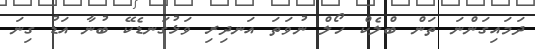
ދަމައިގަންނަ ތަން ބްލެކް ހޯލް ނުވަތަ އަނދިރި ވަޅުގަނޑެކޭ ބުނާ އަޑު ގިނަ